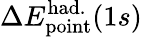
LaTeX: \Delta{E}_{\mathrm{point}}^{\mathrm{had.}}(1s)